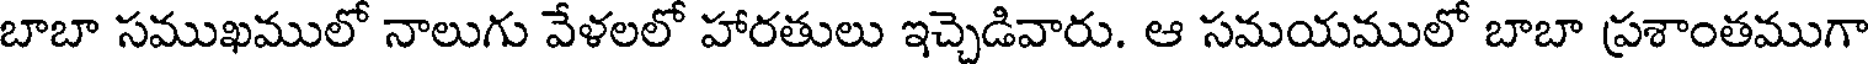
బాబా సముఖములో నాలుగు వేళలలో హారతులు ఇచ్చెడివారు. ఆ సమయములో బాబా ప్రశాంతముగా